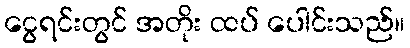
ငွေရင်းတွင် အတိုး ထပ် ပေါင်းသည်။